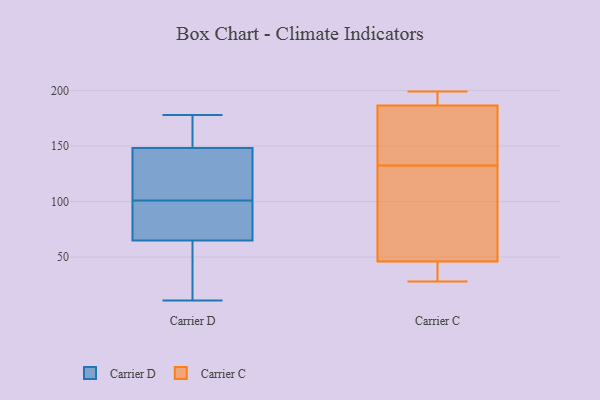
{"axis": {"x": "Operating Costs (USD K)", "y": "Value"}, "legend": ["Carrier C", "Carrier D"], "data": [{"x": "", "y": 101, "type": "Carrier D"}, {"x": "", "y": 77, "type": "Carrier D"}, {"x": "", "y": 164, "type": "Carrier D"}, {"x": "", "y": 66, "type": "Carrier D"}, {"x": "", "y": 143, "type": "Carrier D"}, {"x": "", "y": 178, "type": "Carrier D"}, {"x": "", "y": 141, "type": "Carrier D"}, {"x": "", "y": 79, "type": "Carrier D"}, {"x": "", "y": 173, "type": "Carrier D"}, {"x": "", "y": 11, "type": "Carrier D"}, {"x": "", "y": 138, "type": "Carrier D"}, {"x": "", "y": 18, "type": "Carrier D"}, {"x": "", "y": 62, "type": "Carrier D"}, {"x": "", "y": 44, "type": "Carrier C"}, {"x": "", "y": 111, "type": "Carrier C"}, {"x": "", "y": 131, "type": "Carrier C"}, {"x": "", "y": 48, "type": "Carrier C"}, {"x": "", "y": 193, "type": "Carrier C"}, {"x": "", "y": 34, "type": "Carrier C"}, {"x": "", "y": 183, "type": "Carrier C"}, {"x": "", "y": 98, "type": "Carrier C"}, {"x": "", "y": 134, "type": "Carrier C"}, {"x": "", "y": 28, "type": "Carrier C"}, {"x": "", "y": 168, "type": "Carrier C"}, {"x": "", "y": 149, "type": "Carrier C"}, {"x": "", "y": 29, "type": "Carrier C"}, {"x": "", "y": 198, "type": "Carrier C"}, {"x": "", "y": 199, "type": "Carrier C"}, {"x": "", "y": 190, "type": "Carrier C"}]}